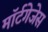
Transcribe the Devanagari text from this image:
मॉर्टगेजेस